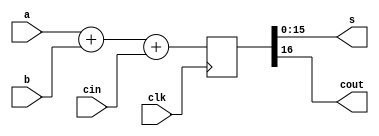
`timescale 1ns / 1ps


module part3 #(
    parameter SIZE = 16
)(
    // SIZE parameter is default but can be overriden in instantiation.
    input clk,
    input [SIZE-1:0] a,
    input [SIZE-1:0] b,
    input cin,
    output [SIZE-1:0] s,
    output cout
);

    reg [SIZE:0]sum;
    
    always @(posedge clk) begin
        sum <= a + b + cin;
    end


    assign cout = sum[SIZE];
    assign s = sum[SIZE-1:0];

endmodule